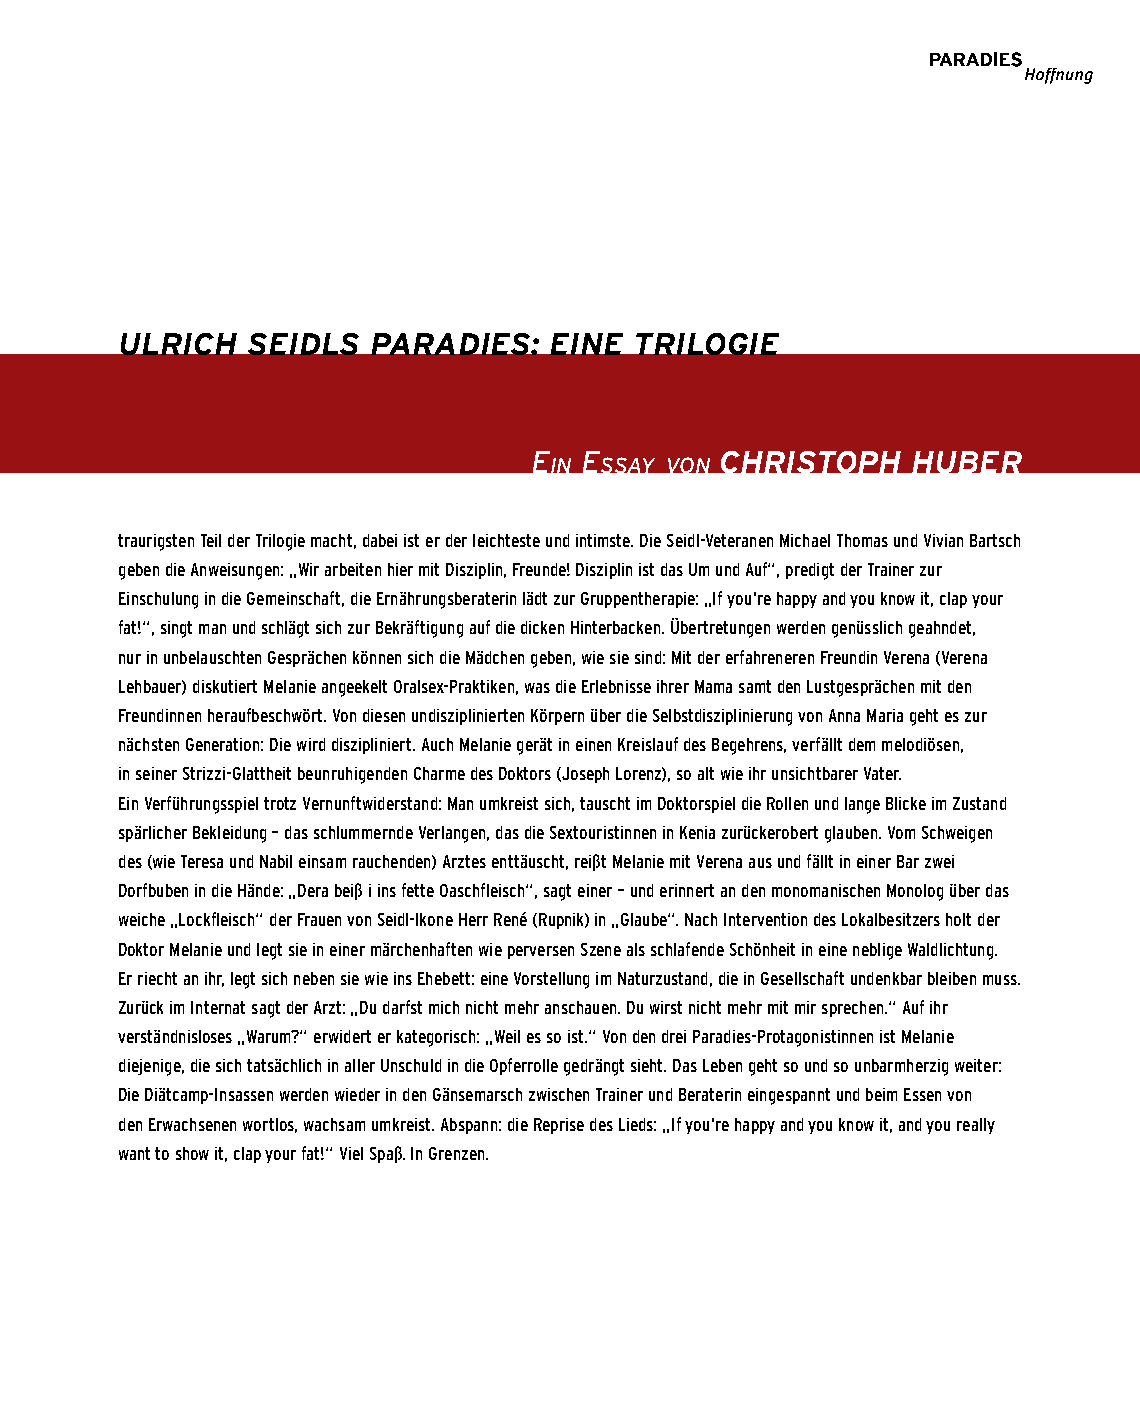
ulRICH  SeIDlS  PARADIeS:   eIne  tRIlogIe
 e  e         CHRIStoPH   HubeR
 in  ssay von
 traurigsten Teil der Trilogie macht, dabei ist er der leichteste und intimste. Die Seidl-Veteranen Michael Thomas und Vivian Bartsch
 geben die Anweisungen: „Wir arbeiten hier mit Disziplin, Freunde! Disziplin ist das Um und Auf“, predigt der Trainer zur
 Einschulung in die Gemeinschaft, die Ernährungsberaterin lädt zur Gruppentherapie: „If you’re happy and you know it, clap your
 fat!“, singt man und schlägt sich zur Bekräftigung auf die dicken Hinterbacken. Übertretungen werden genüsslich geahndet,
 nur in unbelauschten Gesprächen können sich die Mädchen geben, wie sie sind: Mit der erfahreneren Freundin Verena (Verena
 Lehbauer) diskutiert Melanie angeekelt Oralsex-Praktiken, was die Erlebnisse ihrer Mama samt den Lustgesprächen mit den
 Freundinnen heraufbeschwört. Von diesen undisziplinierten Körpern über die Selbstdisziplinierung von Anna Maria geht es zur
 nächsten Generation: Die wird diszipliniert. Auch Melanie gerät in einen Kreislauf des Begehrens, verfällt dem melodiösen,
 in seiner Strizzi-Glattheit beunruhigenden Charme des Doktors (Joseph Lorenz), so alt wie ihr unsichtbarer Vater.
 Ein Verführungsspiel trotz Vernunftwiderstand: Man umkreist sich, tauscht im Doktorspiel die Rollen und lange Blicke im Zustand
 spärlicher Bekleidung – das schlummernde Verlangen, das die Sextouristinnen in Kenia zurückerobert glauben. Vom Schweigen
 des (wie Teresa und Nabil einsam rauchenden) Arztes enttäuscht, reißt Melanie mit Verena aus und fällt in einer Bar zwei
 Dorfbuben in die Hände: „Dera beiß i ins fette Oaschfleisch“, sagt einer – und erinnert an den monomanischen Monolog über das
 weiche „Lockfleisch“ der Frauen von Seidl-Ikone Herr René (Rupnik) in „Glaube“. Nach Intervention des Lokalbesitzers holt der
 Doktor Melanie und legt sie in einer märchenhaften wie perversen Szene als schlafende Schönheit in eine neblige Waldlichtung.
 Er riecht an ihr, legt sich neben sie wie ins Ehebett: eine Vorstellung im Naturzustand, die in Gesellschaft undenkbar bleiben muss.
 Zurück im Internat sagt der Arzt: „Du darfst mich nicht mehr anschauen. Du wirst nicht mehr mit mir sprechen.“ Auf ihr
 verständnisloses „Warum?“ erwidert er kategorisch: „Weil es so ist.“ Von den drei Paradies-Protagonistinnen ist Melanie
 diejenige, die sich tatsächlich in aller Unschuld in die Opferrolle gedrängt sieht. Das Leben geht so und so unbarmherzig weiter:
 Die Diätcamp-Insassen werden wieder in den Gänsemarsch zwischen Trainer und Beraterin eingespannt und beim Essen von
 den Erwachsenen wortlos, wachsam umkreist. Abspann: die Reprise des Lieds: „If you’re happy and you know it, and you really
 want to show it, clap your fat!“ Viel Spaß. In Grenzen.